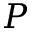
P